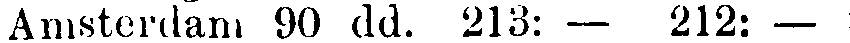
Amsterdam 90 dd. 213: — 212: —